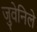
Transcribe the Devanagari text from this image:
जुवेनिले